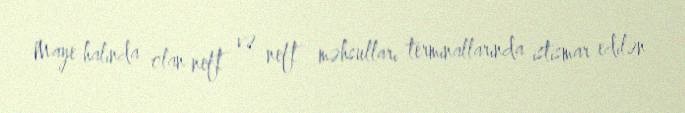
Maye halında olan neft və neft məhsulları terminallarında istismar edilən